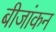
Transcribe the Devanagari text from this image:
बीजांकन